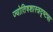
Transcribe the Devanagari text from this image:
ज्योतिषशास्त्रदृष्ट्या